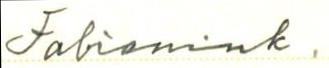
Fabianink.